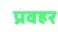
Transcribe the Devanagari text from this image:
प्रवहर